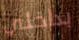
بداخلي